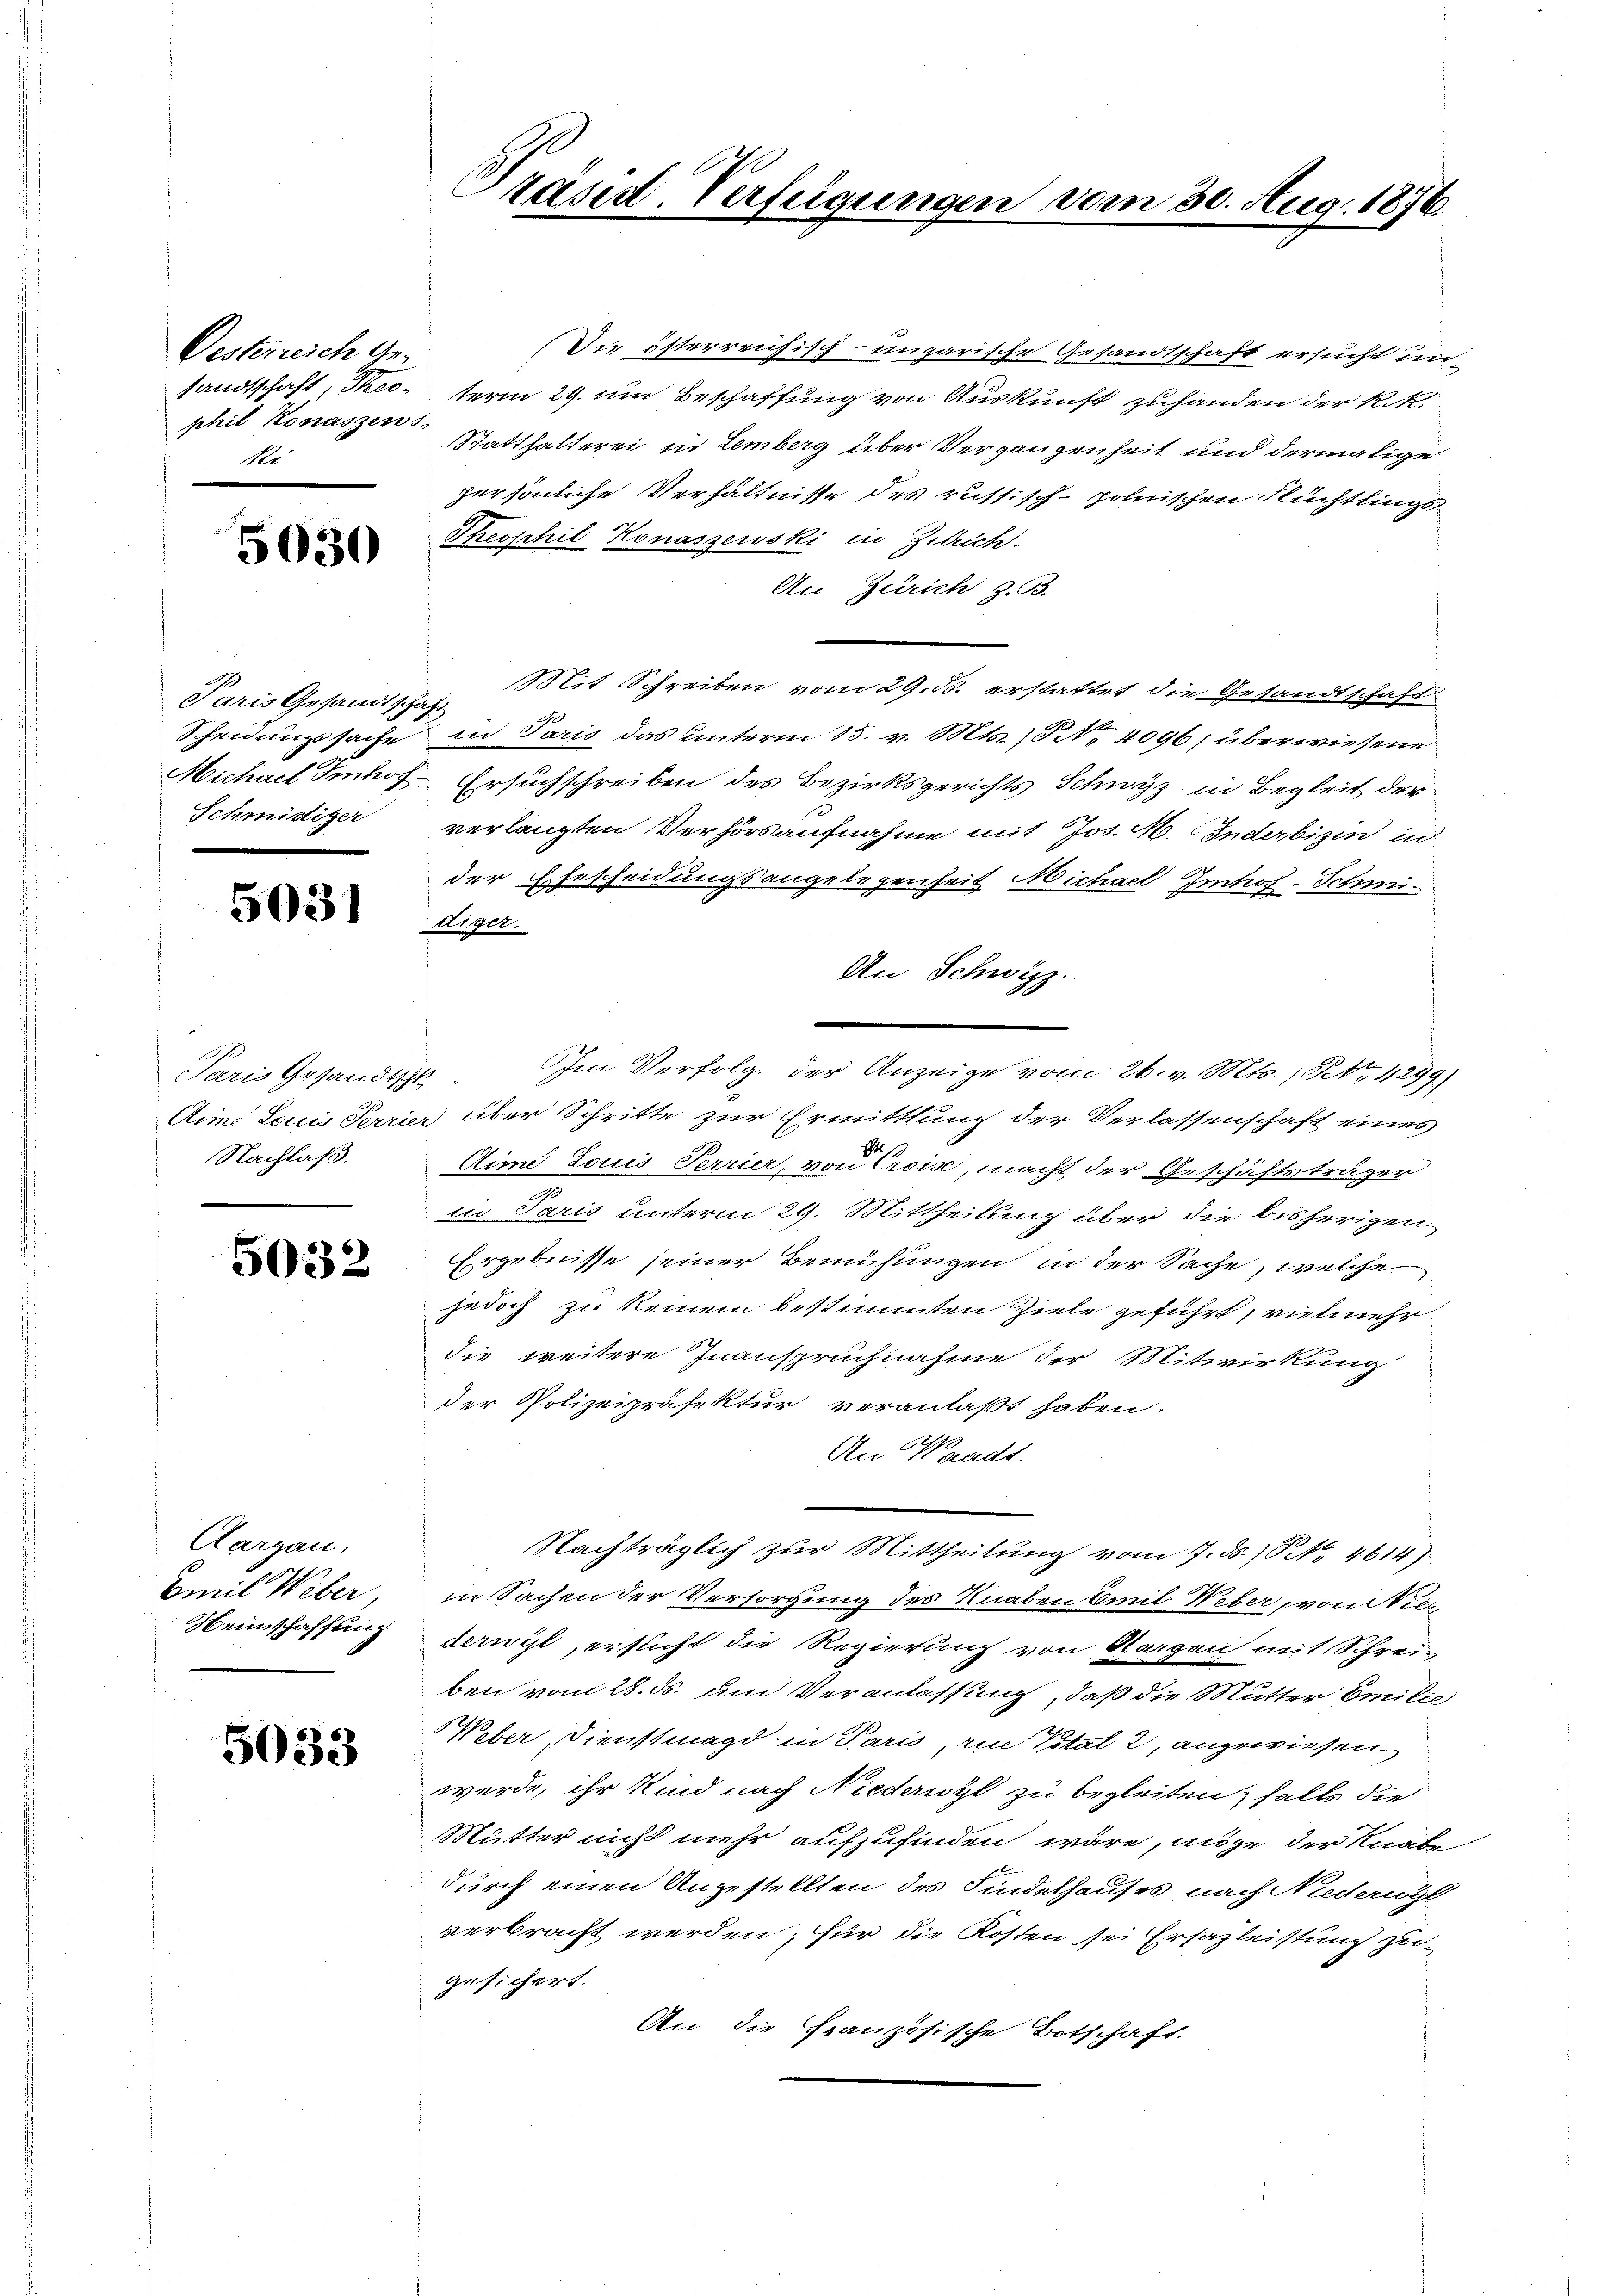
Desterreich ge
sandtschaft, de
phil Honaszen s
Ri

5030

Paris Gesandtschaft
Schmidiger
.

503)

Paris Gesandtscht
Nachlaß.

5032

Aargau,
Emil Weber,
Heimschaffung

5033

Präsid. Verfügungen vom 30. Aug. 1876.

Die österreichisch-ungarische Gesandtschaft ersucht unterm 29. um Beschaffung von Auskunft zuhanden der k.k
Statthalterei in Lemberg über Vergangenheit und dermalige
persönliche Verhältnisse des russisch-polnischen Flüchtlings¬
Theophil Konaszerski in Zürich.
An Zürich z. B.
Mit Schreiben vom 29. B. erstattet die Gesandtschaft
Scheidungssache in Paris das unterm 15. v. Mts. No. 4096; überwiesene
Michael Imhof Ersuchschreiben des Bezirksgerichts Schwyz in Begleit der
verlangten Verhörsaufnahme mit Jos. M. Inderbizin in
der Ehescheidungsangelegenheit Michael Imhof. Schmiaiger.
An Schwyzz.
Im Verfolg der Anzeige vom 26. v. Mts. Petr. 4299)
Ai Louis Terrier über Schritte zur Ermittlung der Verlassenschaft eines
Aime Louis Ferrier, von Crois, macht der Geschäftsträger
in Paris unterm 29. Mittheilung über die bisherigen
Ergebnisse seiner Bemühungen in der Sache, welche
jedoch zu keinem bestimmten Ziele geführt, vielmehr
die weitere Inanspruchnahme der Mitwirkung
der Polizeipräfektur veranlaßt haben.
An Waadt.
Nachträglich zur Mittheilung vom 7. d. 18. No. 4614)
in Sachen der Versorgung des Knaben Emil Weber, von Niederwil, ersucht die Regierung von Aargau mit Schrei-
ben vom 28. ds. um Veranlassung, daß die Mutter Emilie
Weber, Dienstmagd in Paris, ein Vital 2, angewiesen
werde, ihr Kind nach Niederwyl zu begleiten, falls die
Mutter nicht mehr aufzufinden wäre, ange der Knabe
durch einen Angestellten des Findelhauses nach Niederiögl
verbracht werden; für die Kosten sei Ersazleistung zu
gesichert.
An die französische Botschaft.